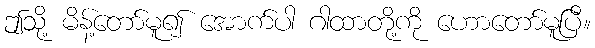
ဤသို့ မိန့်တော်မူ၍ အောက်ပါ ဂါထာတို့ကို ဟောတော်မူပြီ။